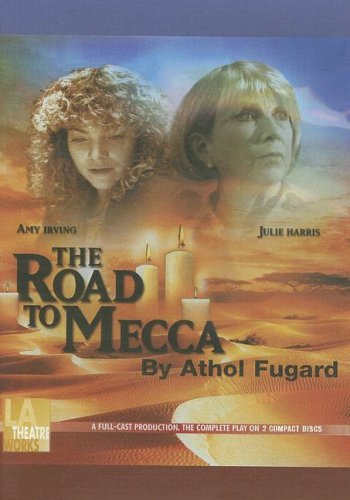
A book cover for The Road to Mecca (Library Edition Audio CDs); Athol Fugard; Religion & Spirituality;